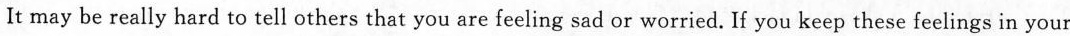
It may be really hard to tell others that you are feeling sad or worried. If you keep these feelings in your